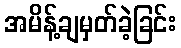
အမိန့်ချမှတ်ခဲ့ခြင်း